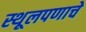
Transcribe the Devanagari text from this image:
स्थूलपणाचे